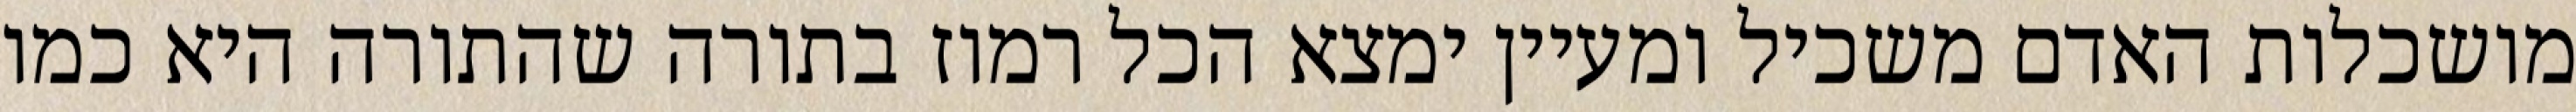
מושכלות האדם משכיל ומעיין ימצא הכל רמוז בתורה שהתורה היא כמו